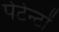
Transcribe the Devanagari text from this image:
पेटेन्टों